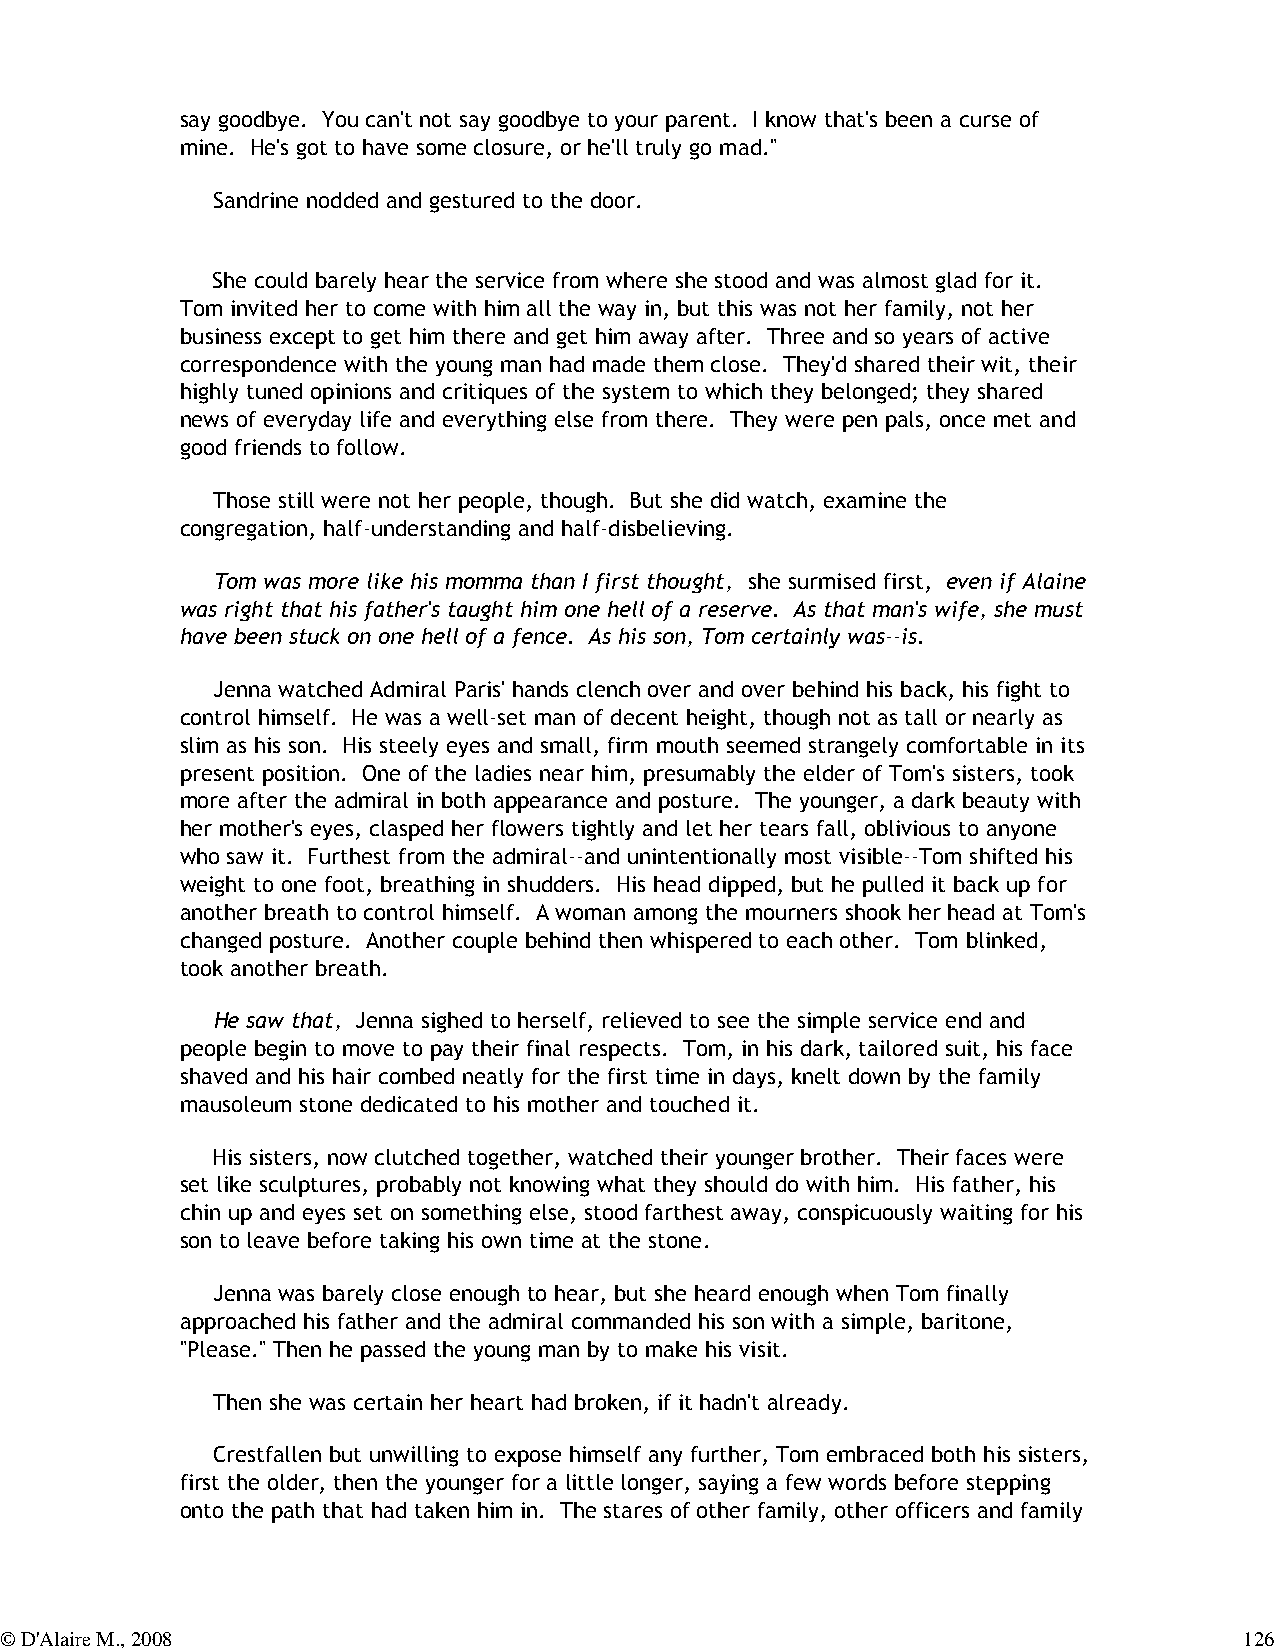
say goodbye. You can't not say goodbye to your parent. I know that's been a curse of
 mine. He's got to have some closure, or he'll truly go mad."
 Sandrine nodded and gestured to the door.
 She could barely hear the service from where she stood and was almost glad for it.
 Tom invited her to come with him all the way in, but this was not her family, not her
 business except to get him there and get him away after. Three and so years of active
 correspondence with the young man had made them close. They'd shared their wit, their
 highly tuned opinions and critiques of the system to which they belonged; they shared
 news of everyday life and everything else from there. They were pen pals, once met and
 good friends to follow.
 Those still were not her people, though. But she did watch, examine the
 congregation, half-understanding and half-disbelieving.
 Tom was more like his momma than I first thought, she surmised first, even if Alaine
 was right that his father's taught him one hell of a reserve. As that man's wife, she must
 have been stuck on one hell of a fence. As his son, Tom certainly was--is.
 Jenna watched Admiral Paris' hands clench over and over behind his back, his fight to
 control himself. He was a well-set man of decent height, though not as tall or nearly as
 slim as his son. His steely eyes and small, firm mouth seemed strangely comfortable in its
 present position. One of the ladies near him, presumably the elder of Tom's sisters, took
 more after the admiral in both appearance and posture. The younger, a dark beauty with
 her mother's eyes, clasped her flowers tightly and let her tears fall, oblivious to anyone
 who saw it. Furthest from the admiral--and unintentionally most visible--Tom shifted his
 weight to one foot, breathing in shudders. His head dipped, but he pulled it back up for
 another breath to control himself. A woman among the mourners shook her head at Tom's
 changed posture. Another couple behind then whispered to each other. Tom blinked,
 took another breath.
 He saw that, Jenna sighed to herself, relieved to see the simple service end and
 people begin to move to pay their final respects. Tom, in his dark, tailored suit, his face
 shaved and his hair combed neatly for the first time in days, knelt down by the family
 mausoleum stone dedicated to his mother and touched it.
 His sisters, now clutched together, watched their younger brother. Their faces were
 set like sculptures, probably not knowing what they should do with him. His father, his
 chin up and eyes set on something else, stood farthest away, conspicuously waiting for his
 son to leave before taking his own time at the stone.
 Jenna was barely close enough to hear, but she heard enough when Tom finally
 approached his father and the admiral commanded his son with a simple, baritone,
 "Please." Then he passed the young man by to make his visit.
 Then she was certain her heart had broken, if it hadn't already.
 Crestfallen but unwilling to expose himself any further, Tom embraced both his sisters,
 first the older, then the younger for a little longer, saying a few words before stepping
 onto the path that had taken him in. The stares of other family, other officers and family
 © D'Alaire M., 2008                                                               126